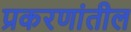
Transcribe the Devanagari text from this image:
प्रकरणांतील